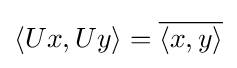
\langle Ux,Uy\rangle ={\overline {\langle x,y\rangle }}